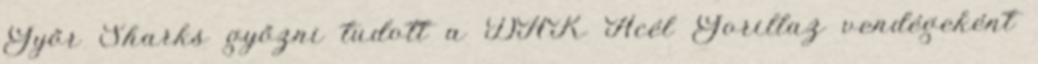
Győr Sharks győzni tudott a DAK Acél Gorillaz vendégeként